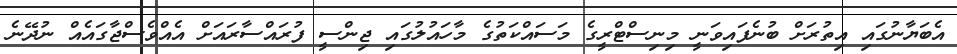
އެބަޔާނުގައި އިތުރަށް ބުނެފައިވަނީ މިނިސްޓްރީގެ މަސައްކަތުގެ މާހައުލުގައި ޖިންސީ ފުރައްސާރައަށް އެއްވެސްޖާގައެއް ނުދޭނެ